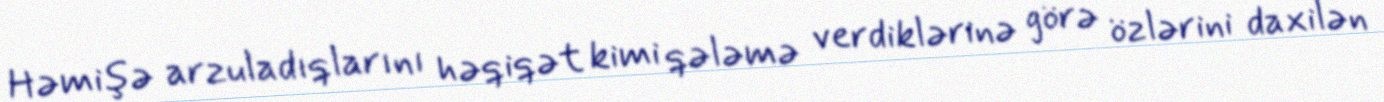
Həmişə arzuladıqlarını həqiqət kimi qələmə verdiklərinə görə özlərini daxilən